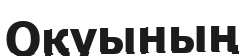
Оқуының